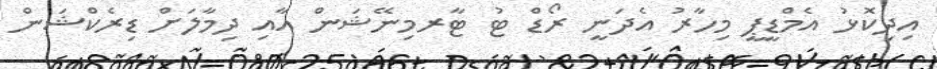
އިދިކޮޅު އެމްޑީޕީ މިހާރު އެދަނީ ރޯޑް ޓު ޓާރމިނޭޝަން އާއި ދިމާލަށް ޑިރެކްޝަން